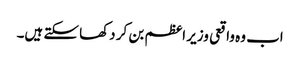
اب وہ واقعی وزیر اعظم بن کر دکھا سکتے ہیں۔